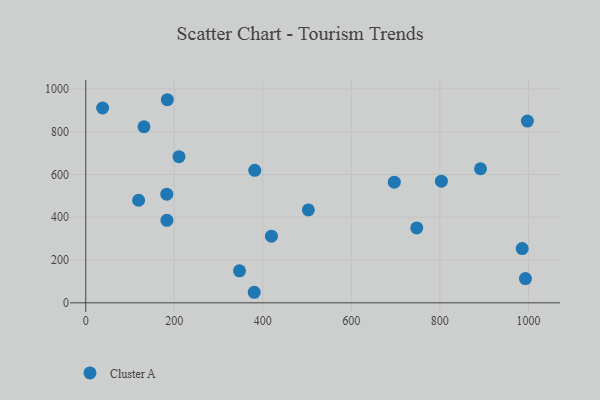
{"axis": {"x": "Study Hours", "y": "Sales"}, "legend": ["Cluster A"], "data": [{"x": "419.5", "y": 311.8, "type": "Cluster A"}, {"x": "184.3", "y": 949.5, "type": "Cluster A"}, {"x": "997.7", "y": 849.6, "type": "Cluster A"}, {"x": "993.3", "y": 113.2, "type": "Cluster A"}, {"x": "131.5", "y": 823.1, "type": "Cluster A"}, {"x": "183.3", "y": 385.6, "type": "Cluster A"}, {"x": "380.6", "y": 49.3, "type": "Cluster A"}, {"x": "381.8", "y": 619.4, "type": "Cluster A"}, {"x": "183.1", "y": 508.1, "type": "Cluster A"}, {"x": "38.1", "y": 910.8, "type": "Cluster A"}, {"x": "697.1", "y": 563.9, "type": "Cluster A"}, {"x": "502.9", "y": 434.3, "type": "Cluster A"}, {"x": "747.8", "y": 350.3, "type": "Cluster A"}, {"x": "891.8", "y": 626.7, "type": "Cluster A"}, {"x": "210.6", "y": 683.3, "type": "Cluster A"}, {"x": "803.4", "y": 568.6, "type": "Cluster A"}, {"x": "986.0", "y": 253.6, "type": "Cluster A"}, {"x": "347.3", "y": 149.7, "type": "Cluster A"}, {"x": "119.4", "y": 479.5, "type": "Cluster A"}]}